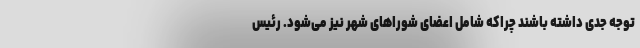
توجه جدی داشته باشند چراکه شامل اعضای شوراهای شهر نیز می‌شود. رئیس